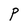
Character: P